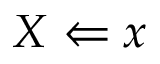
X \Leftarrow x